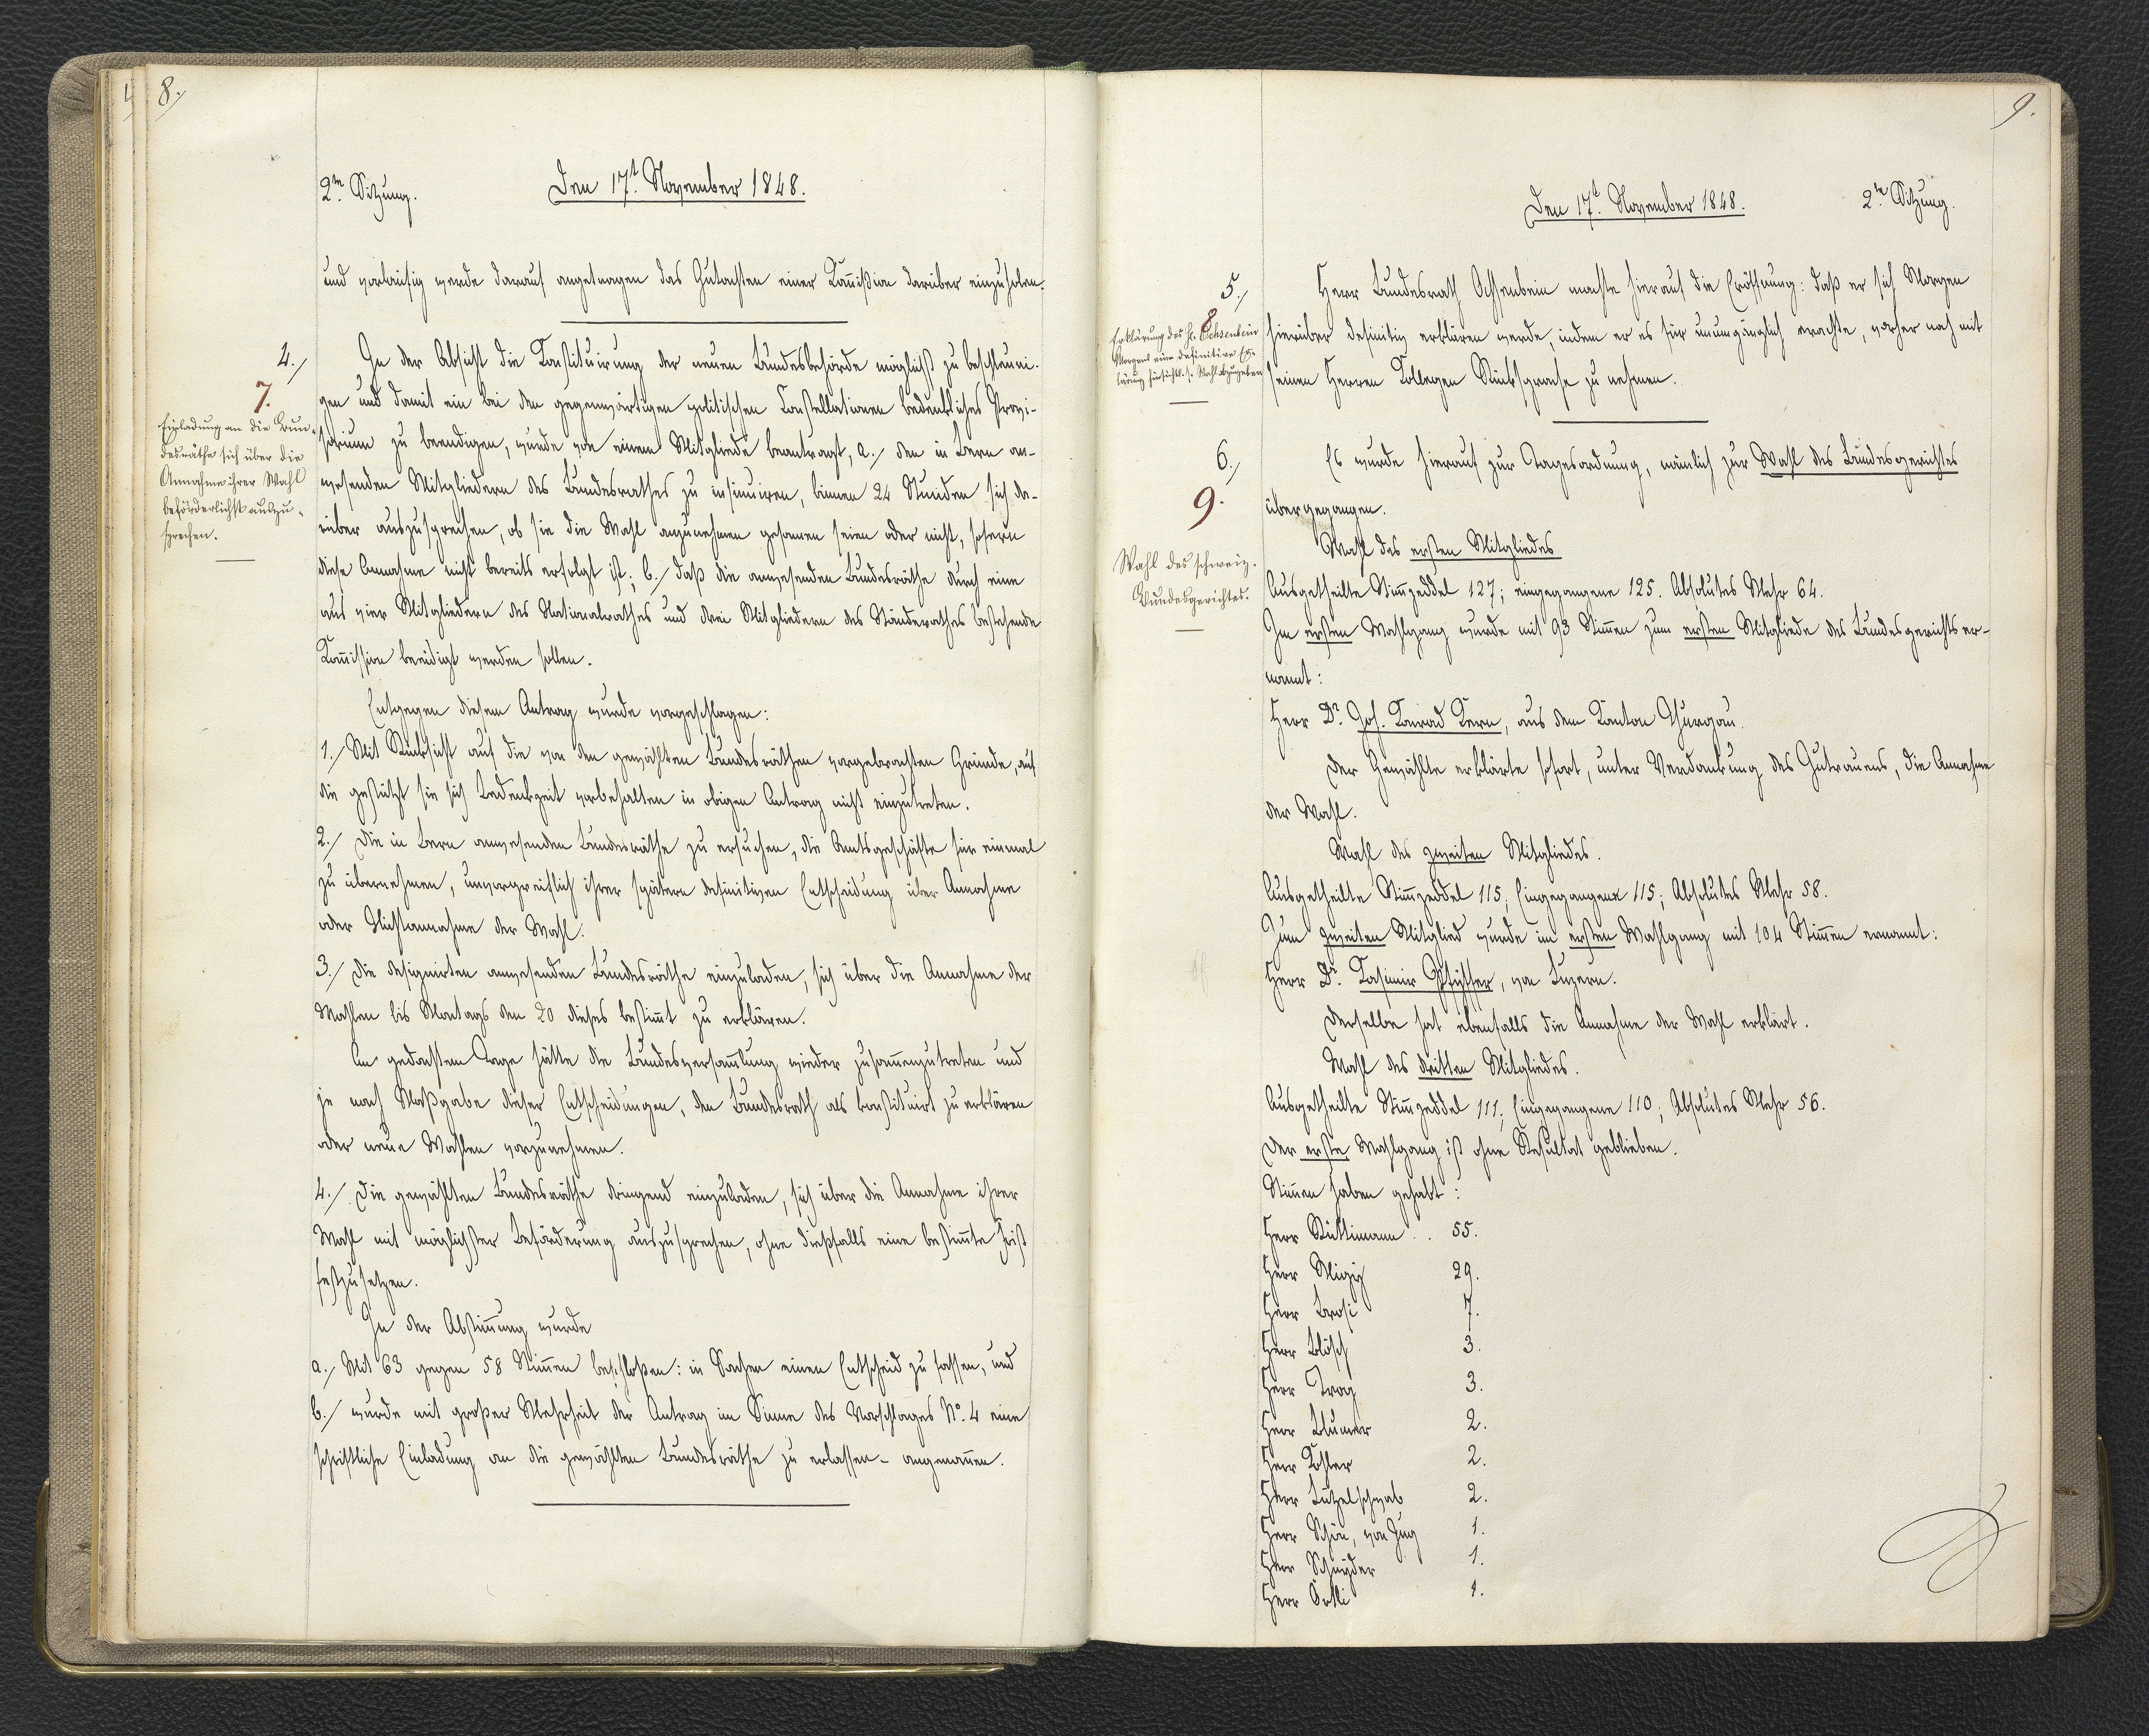
8.

2.te Sitzung.
Den 17.t November 1848.

und vorläufig wurde darauf angetragen das Gutachten einer Kommißion darüber einzuholen.
In der Absicht die Konstituirung der neuen Bundesbehörde möglichst zu beschleuni¬
gen und damit ein bei den gegenwärtigen politischen Konstellationen bedenkliches Provi¬
sorium zu beendigen, wurde von einem Mitgliede beantragt, a. den in Bern an¬
wesenden Mitgliedern des Bundesrathes zu insinuiren, binnen 24 Stunden sich da¬
rüber auszusprechen, ob sie die Wahl anzunehmen gesonnen seien oder nicht, sofern
diese Annahme nicht bereits erfolgt ist; b. daß die anwesenden Bundesräthe durch eine
aus vier Mitgliedern des Nationalrathes und drei Mitgliedern des Ständerathes bestehende
Kommission beeidigt werden sollen.
Entgegen diesem Antrag wurde vorgeschlagen:
1. Mit Rücksicht auf die von den gewählten Bundesräthen vorgebrachten Gründe, auf
die gestützt sie sich Bedenkzeit vorbehalten in obigen Antrag nicht einzutreten.
2. Die in Bern angehenden Bundesräthe zu ersuchen, die Amtsgeschäfte für einmal
zu übernehmen, unvorgreiflich ihrer spätern definitiven Entscheidung über Annahme
oder Nichtannahme der Wahl.
3. Die designirten anwesenden Bundesräthe einzuladen, sich über die Annahme der
Wahlen bis Montags den 20 dieses bestimmt zu erklären.
Am gedachten Tage hätte die Bundesversammlung wieder zusammenzutreten und
je nach Maßgabe dieser Entscheidungen, den Bundesrath als konstituirt zu erklären
oder neue Wahlen vorzunehmen.
4. Die gewählten Bundesräthe dringend einzuladen, sich über die Annahme ihrer
Wahl mit möglichster Beförderung auszusprechen, ohne dießfalls eine bestimmte Zeit
festzusetzen.
In der Abstimmung wurde
a. Mit 63 gegen 58 Stimmen beschloßen: in Sachen einen Entscheid zu fassen, und
b. wurde mit großer Mehrheit der Antrag im Sinne des Vorschlages N° 4 eine
schriftliche Einladung an die gewählten Bundesräthe zu erlassen - angenommen.

4.
7.
Einladung an die Bun¬
desräthe sich über die
Annahme ihrer Wahl
beförderlichst auszu¬
sprechen.

9.

Den 17.t November 1848.
2.te Sitzung.

Herr Bundesrath Ochsenbein machte hierauf die Eröffnung: daß er sich Morgen
hierüber definitiv erklären werde, indem er es für unumgänglich erachte, vorher noch mit
seinen Herren Kollegen Rücksprache zu nehmen.
Es wurde hierauf zur Tagesordnung, nämlich zur Wahl des Bundesgerichtes
übergegangen.
Wahl des ersten Mitgliedes
Ausgetheilte Stimmzeddel 127; eingegangene 125. Absolutes Mehr 64.
Im ersten Wahlgang wurde mit 93 Stimmen zum ersten Mitgliede des Bundesgerichts er¬
nannt:
Herr Dr. Joh. Konrad Kern, aus dem Kanton Thurgau.
Der Gewählte erklärte sofort, unter Verdankung des Zutrauens, die Annahme
der Wahl.
Wahl des zweiten Mitgliedes.
Ausgetheilte Stimmzeddel 115; Eingegangene 115; Absolutes Mehr 58.
Zum zweiten Mitglied wurde im ersten Wahlgang mit 104 Stimmen ernannt:
Herr Dr. Kasimir Pfyffer, von Luzern.
Derselbe hat ebenfalls die Annahme der Wahl erklärt.
Wahl des dritten Mitgliedes.
Ausgetheilte Stimmzeddel 111; Eingegangene 110; Absolutes Mehr 56.
Der erste Wahlgang ist ohne Resultat geblieben.
Stimmen haben gehabt:
Herr Rüttimann 55.
Herr Migy 29.
Herr Brosi 7.
Herr Blösch 3.
Herr Trog 3.
Herr Blumer 2.
Herr Kohler 2.
Herr Lützelschwab 2.
Herr Schön, von Zug 1.
Herr Schnyder 1.
Herr Örtli 1.

5.
8
Erklärung des H. Ochsenbein
Morgens eine definitive Er¬
lärung hinsichtl. s. Wahl abzugeben.

6.
9.
Wahl des schweiz.
Bundesgerichtes.